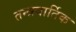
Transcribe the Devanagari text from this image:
तन्त्रवार्तिक